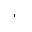
Letter: _alif